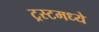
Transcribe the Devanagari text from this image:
ट्रस्टमध्ये